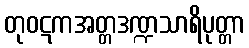
တုဝဋကအတ္တဒဏ္ဍသာရိပုတ္တာ